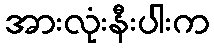
အားလုံးနီးပါးက